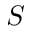
S